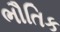
ભૌતિક